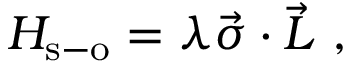
H _ { \mathrm { s - o } } = \lambda \vec { \sigma } \cdot \vec { L } ~ ,